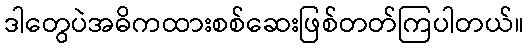
ဒါတွေပဲအဓိကထားစစ်ဆေးဖြစ်တတ်ကြပါတယ်။